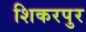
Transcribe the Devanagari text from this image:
शिकरपुर